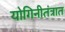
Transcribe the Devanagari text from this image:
योगिनीतंत्रात